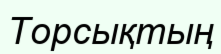
Торсықтың